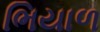
ભિયાળ